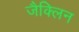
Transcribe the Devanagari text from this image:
जैक्लिन